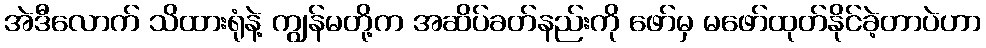
အဲဒီလောက် သိထားရုံနဲ့ ကျွန်မတို့က အဆိပ်ခတ်နည်းကို ဖော်မှ မဖော်ထုတ်နိုင်ခဲ့တာပဲဟာ